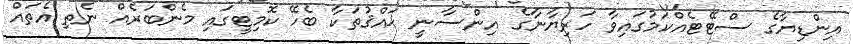
އިންޑިޔާގެ ސްޓޭޓެއްކަމުގައިވާ ހަރިޔާނާގެ އިންސާނީ ޙައްޤުތަކާ ބެހޭ ކޮމިޓީގައި މެންބަރެއް ނެތި އެތައް